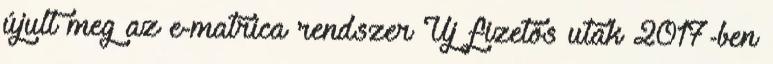
újult meg az e-matrica rendszer Új fizetős utak 2017-ben